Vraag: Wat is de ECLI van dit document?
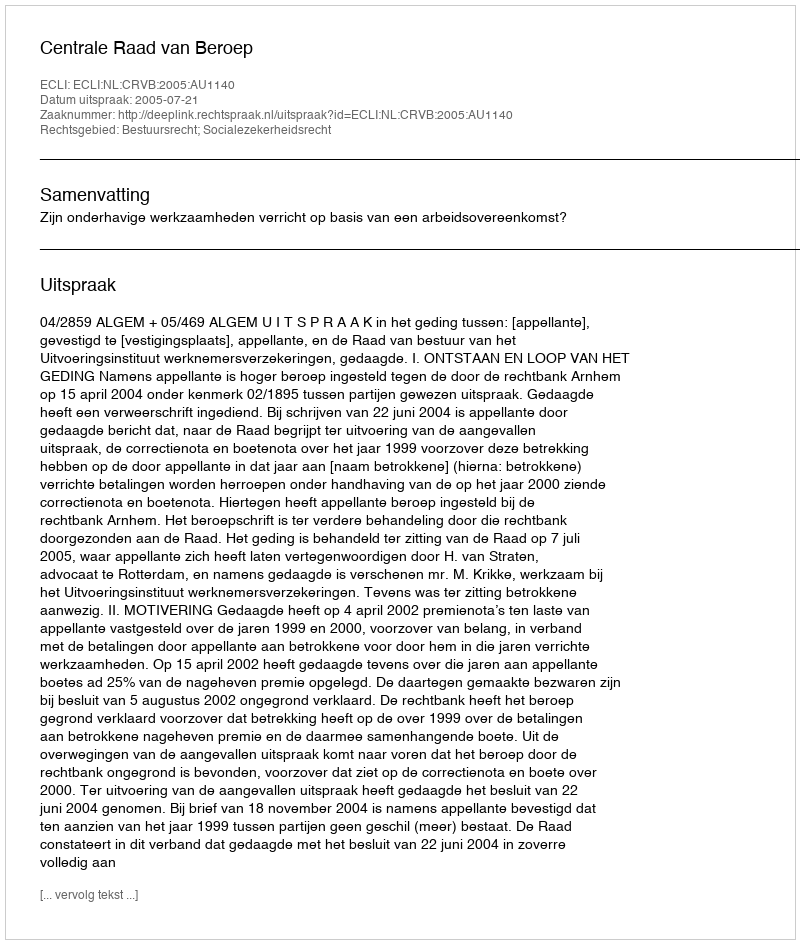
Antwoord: ECLI:NL:CRVB:2005:AU1140